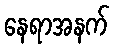
နေရာအနက်